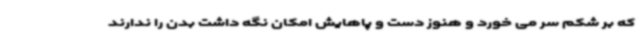
که بر شکم سر می خورد و هنوز دست و پاهایش امکان نگه داشت بدن را ندارند